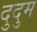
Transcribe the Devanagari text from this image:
दुदुम